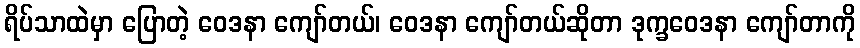
ရိပ်သာထဲမှာ ပြောတဲ့ ဝေဒနာ ကျော်တယ်၊ ဝေဒနာ ကျော်တယ်ဆိုတာ ဒုက္ခဝေဒနာ ကျော်တာကို